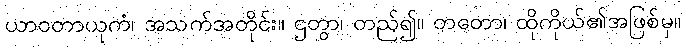
ယာဝတာယုကံ၊ အသက်အတိုင်း။ ဌတွာ၊ တည်၍။ တတော၊ ထိုကိုယ်၏အဖြစ်မှ။